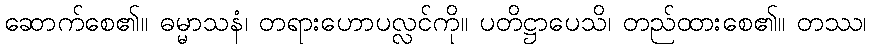
ဆောက်စေ၏။ ဓမ္မာသနံ၊ တရားဟောပလ္လင်ကို။ ပတိဋ္ဌာပေသိ၊ တည်ထားစေ၏။ တဿ၊